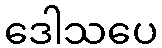
ဒေါသပေ